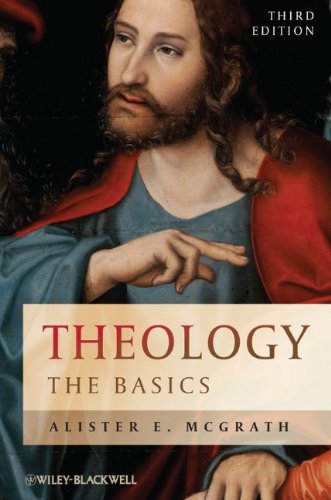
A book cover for Theology: The Basics; Alister E. McGrath; Christian Books & Bibles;